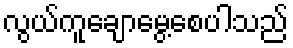
လွယ်ကူချောမွေ့စေပါသည်